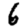
Digit: 6